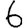
Digit: 6